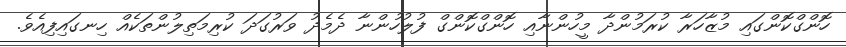
ހޮންގްކޮންގައި މުޒާހަރާ ކުރަމުންދާ މީހުންނާއި ހޮންގްކޮންގް ފުލުހުންނާ ދެމެދު ވަރުގަދަ ކުރިމަތިލުންތަކެއް ހިނގައިފިއެވެ.